Civil Veterinary Dept. North-West Frontier Province 1901-22 - 1901-1922
Year: 1901
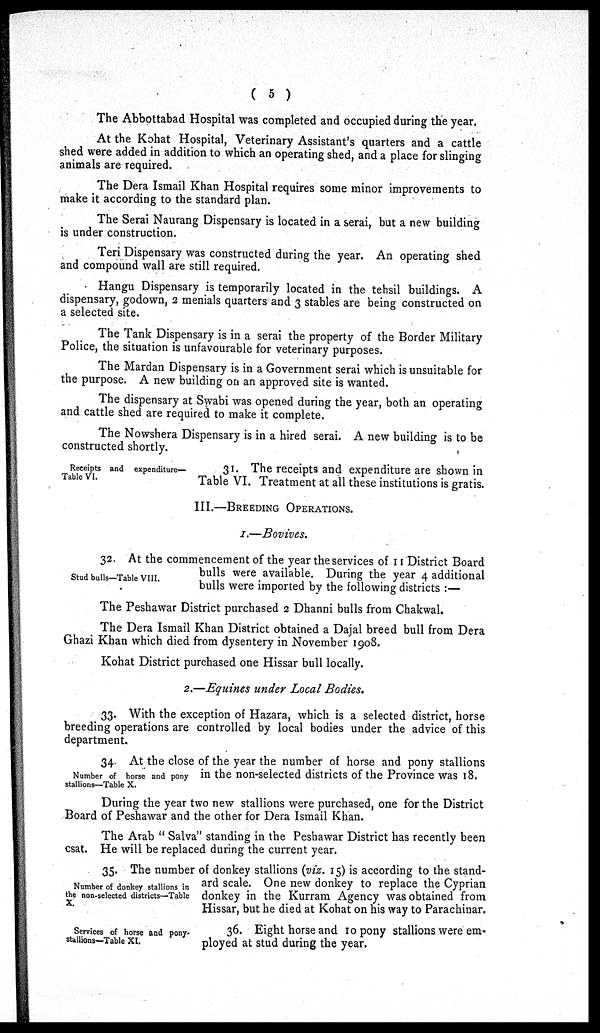
( 5 )
The Abbottabad Hospital was completed and occupied during the year.
At the Kohat Hospital, Veterinary Assistant's quarters and a cattle
shed were added in addition to which an operating shed, and a place for slinging
animals are required.
The Dera Ismail Khan Hospital requires some minor improvements to
make it according to the standard plan.
The Serai Naurang Dispensary is located in a serai, but a new building
is under construction.
Teri Dispensary was constructed during the year. An operating shed
and compound wall are still required.
Hangu Dispensary is temporarily located in the tehsil buildings. A
dispensary, godown, 2 menials quarters and 3 stables are being constructed on
a selected site.
The Tank Dispensary is in a serai the property of the Border Military
Police, the situation is unfavourable for veterinary purposes.
The Mardan Dispensary is in a Government serai which is unsuitable for
the purpose. A new building on an approved site is wanted.
The dispensary at Swabi was opened during the year, both an operating
and cattle shed are required to make it complete.
The Nowshera Dispensary is in a hired serai. A new building is to be
constructed shortly.
Receipts and expenditure—
Table VI.
31. The receipts and expenditure are shown in
Table VI. Treatment at all these institutions is gratis.
III.—BREEDING OPERATIONS.
I.—Bovines.
Stud bulls—Table VIII.
32. At the commencement of the year the services of 11 District Board
bulls were available. During the year 4 additional
bulls were imported by the following districts :—
The Peshawar District purchased 2 Dhanni bulls from Chakwal.
The Dera Ismail Khan District obtained a Dajal breed bull from Dera
Ghazi Khan which died from dysentery in November 1908.
Kohat District purchased one Hissar bull locally.
2.—Equines under Local Bodies.
33. With the exception of Hazara, which is a selected district, horse
breeding operations are controlled by local bodies under the advice of this
department.
Number of horse and pony
stallions—Table X.
34. At the close of the year the number of horse and pony stallions
in the non-selected districts of the Province was 18.
During the year two new stallions were purchased, one for the District
Board of Peshawar and the other for Dera Ismail Khan.
The Arab "Salva" standing in the Peshawar District has recently been
csat. He will be replaced during the current year.
Number of donkey stallions in
the non-selected districts—Table
X.
35. The number of donkey stallions (viz. 15) is according to the stand-
ard scale. One new donkey to replace the Cyprian
donkey in the Kurram Agency was obtained from
Hissar, but he died at Kohat on his way to Parachinar.
Services of horse and pony-
stallions—Table XI.
36. Eight horse and 10 pony stallions were em-
ployed at stud during the year.